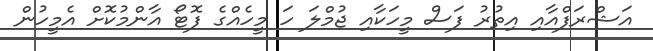
އަޝްރަފްއާއި އިތުރު ފަސް މީހަކާއި ޖުމްލަ ހަ މީހެއްގެ ފޮޓޯ އާންމުކޮށް އެމީހުން